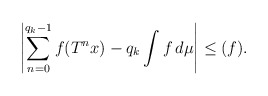
\begin{align*}\left| \sum_{n=0}^{q_k -1} f(T^n x) - q_k \int f \, d\mu \right | \leq (f). \end{align*}